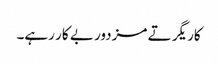
کاریگر تے مزدور بے کار رہے۔